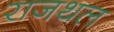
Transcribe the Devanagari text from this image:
राजथल